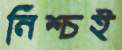
নিশ্চই